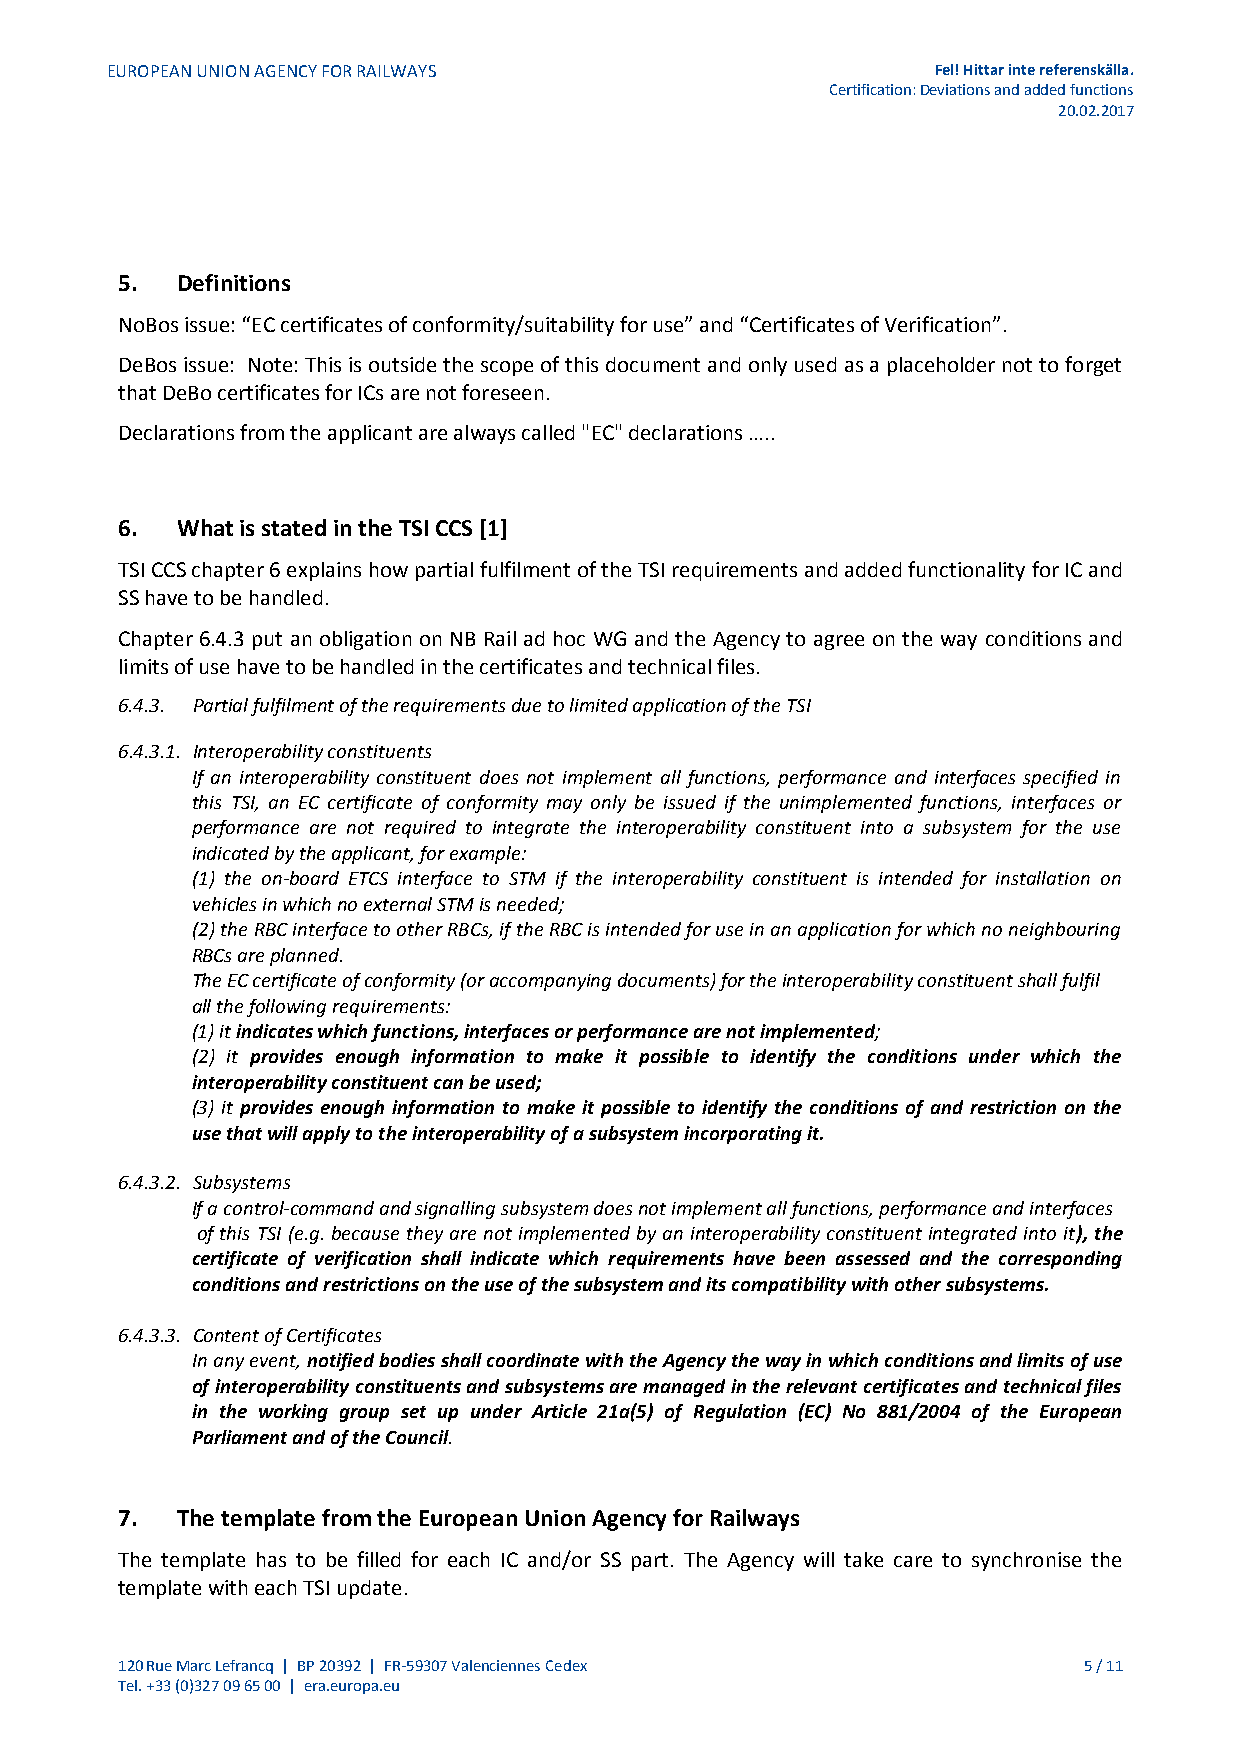
EUROPEAN UNION AGENCY FOR RAILWAYS                     Fel! Hittar inte referenskälla.
 Certification: Deviations and added functions
 20.02.2017
 5.  Definitions
 NoBos issue: “EC certificates of conformity/suitability for use” and “Certificates of Verification”.
 DeBos issue: Note: This is outside the scope of this document and only used as a placeholder not to forget
 that DeBo certificates for ICs are not foreseen.
 Declarations from the applicant are always called "EC" declarations …..
 6.  What is stated in the TSI CCS [1]
 TSI CCS chapter 6 explains how partial fulfilment of the TSI requirements and added functionality for IC and
 SS have to be handled.
 Chapter 6.4.3 put an obligation on NB Rail ad hoc WG and the Agency to agree on the way conditions and
 limits of use have to be handled in the certificates and technical files.
 6.4.3. Partial fulfilment of the requirements due to limited application of the TSI
 6.4.3.1. Interoperability constituents
 If an interoperability constituent does not implement all functions, performance and interfaces specified in
 this TSI, an EC certificate of conformity may only be issued if the unimplemented functions, interfaces or
 performance are not required to integrate the interoperability constituent into a subsystem for the use
 indicated by the applicant, for example:
 (1) the on-board ETCS interface to STM if the interoperability constituent is intended for installation on
 vehicles in which no external STM is needed;
 (2) the RBC interface to other RBCs, if the RBC is intended for use in an application for which no neighbouring
 RBCs are planned.
 The EC certificate of conformity (or accompanying documents) for the interoperability constituent shall fulfil
 all the following requirements:
 (1) it indicates which functions, interfaces or performance are not implemented;
 (2) it provides enough information to make it possible to identify the conditions under which the
 interoperability constituent can be used;
 (3) it provides enough information to make it possible to identify the conditions of and restriction on the
 use that will apply to the interoperability of a subsystem incorporating it.
 6.4.3.2. Subsystems
 If a control-command and signalling subsystem does not implement all functions, performance and interfaces
 of this TSI (e.g. because they are not implemented by an interoperability constituent integrated into it), the
 certificate of verification shall indicate which requirements have been assessed and the corresponding
 conditions and restrictions on the use of the subsystem and its compatibility with other subsystems.
 6.4.3.3. Content of Certificates
 In any event, notified bodies shall coordinate with the Agency the way in which conditions and limits of use
 of interoperability constituents and subsystems are managed in the relevant certificates and technical files
 in the working group set up under Article 21a(5) of Regulation (EC) No 881/2004 of the European
 Parliament and of the Council.
 7.  The template from the European Union Agency for Railways
 The template has to be filled for each IC and/or SS part. The Agency will take care to synchronise the
 template with each TSI update.
 120 Rue Marc Lefrancq | BP 20392 | FR-59307 Valenciennes Cedex  5 / 11
 Tel. +33 (0)327 09 65 00 | era.europa.eu